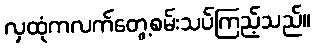
လှထုံကလက်တွေ့စမ်းသပ်ကြည့်သည်။